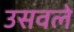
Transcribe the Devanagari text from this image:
उसवले